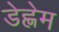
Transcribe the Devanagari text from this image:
डेह्लेम